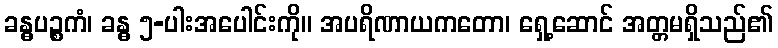
ခန္ဓပဉ္စကံ၊ ခန္ဓ ၅-ပါးအပေါင်းကို။ အပရိဏာယကတော၊ ရှေ့ဆောင် အတ္တမရှိသည်၏